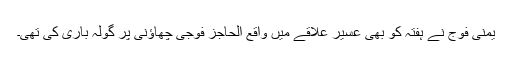
یمنی فوج نے ہفتہ کو بھی عسیر علاقے میں واقع الحاجز فوجی چھاؤنی پر گولہ باری کی تھی۔